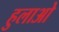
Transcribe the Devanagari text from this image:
हुलाओ